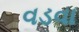
વડવા